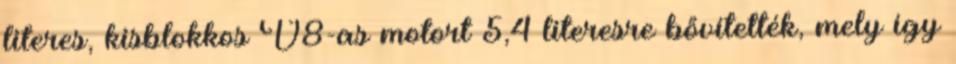
literes, kisblokkos V8-as motort 5,4 literesre bővítették, mely így